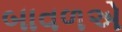
બાવળએ